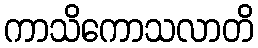
ကာသိကောသလာတိ